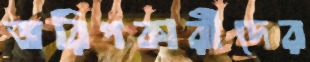
জরিপকারীদের